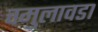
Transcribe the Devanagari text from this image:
वमुलावडा